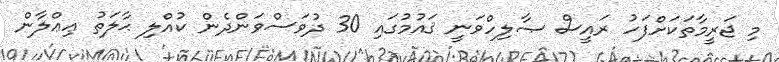
މި ޖަރީމާތަކަށްފަހު ރައީސް ޞާލިހްވަނީ ޤައުމުގައި 30 ދުވަސްވަންދެން ކުއްލި ޙާލަތު ޢިޢްލާން